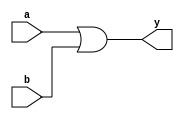
`timescale 1ns / 1ps

module orGate1(input a,b, output y);
    assign y = a|b;
endmodule